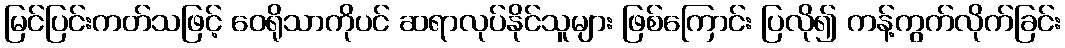
မြင်ပြင်းကတ်သဖြင့် ဝေရိုသာကိုပင် ဆရာလုပ်နိုင်သူများ ဖြစ်ကြောင်း ပြလို၍ ကန့်ကွက်လိုက်ခြင်း